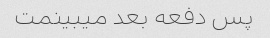
پس دفعه بعد میبینمت